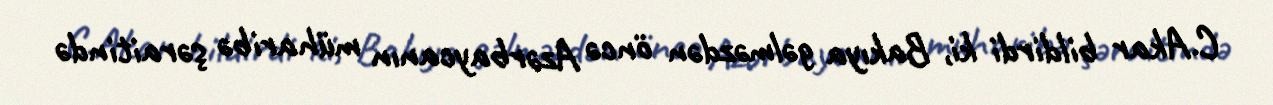
C.Akar bildirdi ki, Bakıya gəlməzdən öncə Azərbaycanın müharibə şəraitində